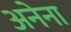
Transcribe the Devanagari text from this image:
अनेना